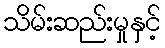
သိမ်းဆည်းမှုနှင့်